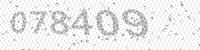
Solution: 078409